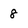
Character: 8